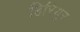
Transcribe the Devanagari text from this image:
हिरियूर